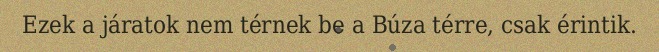
Ezek a járatok nem térnek be a Búza térre, csak érintik.